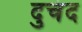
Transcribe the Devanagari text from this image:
दुचंद